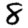
Digit: 8